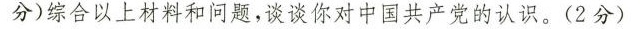
分)综合以上材料和问题，谈谈你对中国共产党的认识。(2分)